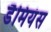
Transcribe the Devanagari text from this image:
डैमियंस